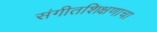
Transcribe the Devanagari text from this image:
संगीतशिक्षणाचा